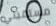
مستقبلي